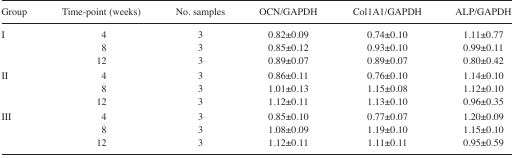
| Group | Time-point (weeks) | No. samples | OCN/GAPDH | Col1A1/GAPDH | ALP/GAPDH |
 | --- | --- | --- | --- | --- | --- |
 | I | 4 | 3 | 0.82±0.09 | 0.74±0.10 | 1.11±0.77 |
 |  | 8 | 3 | 0.85±0.12 | 0.93±0.10 | 0.99±0.11 |
 |  | 12 | 3 | 0.89±0.07 | 0.89±0.07 | 0.80±0.42 |
 | II | 4 | 3 | 0.86±0.11 | 0.76±0.10 | 1.14±0.10 |
 |  | 8 | 3 | 1.01±0.13 | 1.15±0.08 | 1.12±0.10 |
 |  | 12 | 3 | 1.12±0.11 | 1.13±0.10 | 0.96±0.35 |
 | III | 4 | 3 | 0.85±0.10 | 0.77±0.07 | 1.20±0.09 |
 |  | 8 | 3 | 1.08±0.09 | 1.19±0.10 | 1.15±0.10 |
 |  | 12 | 3 | 1.12±0.11 | 1.11±0.11 | 0.95±0.59 |